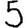
Digit: 5